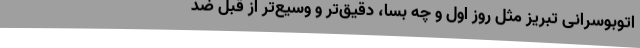
اتوبوسرانی تبریز مثل روز اول و چه بسا، دقیق‌تر و وسیع‌تر از قبل ضد